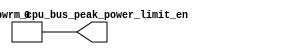
// This program was cloned from: https://github.com/T-head-Semi/opene902
// License: Apache License 2.0

/*Copyright 2018-2021 T-Head Semiconductor Co., Ltd.

Licensed under the Apache License, Version 2.0 (the "License");
you may not use this file except in compliance with the License.
You may obtain a copy of the License at

    http://www.apache.org/licenses/LICENSE-2.0

Unless required by applicable law or agreed to in writing, software
distributed under the License is distributed on an "AS IS" BASIS,
WITHOUT WARRANTIES OR CONDITIONS OF ANY KIND, either express or implied.
See the License for the specific language governing permissions and
limitations under the License.
*/
module cr_pwrm_top_dummy(
  pwrm_cpu_bus_peak_power_limit_en
);

// &Ports; @23
output       pwrm_cpu_bus_peak_power_limit_en; 

// &Regs; @24

// &Wires; @25
wire         pwrm_cpu_bus_peak_power_limit_en; 


//assign pwrm_cpu_avrg_power_inst_issue = 1'b1;
//assign pwrm_cpu_peak_power_limit_en   = 1'b0;

assign pwrm_cpu_bus_peak_power_limit_en = 1'b0;
//assign pwrm_cpu_inst_peak_power_limit_en = 1'b0;

// &ModuleEnd; @33
endmodule